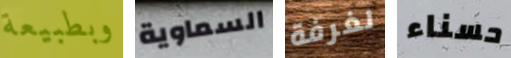
وبطبيعة السماوية لغرفة حسناء